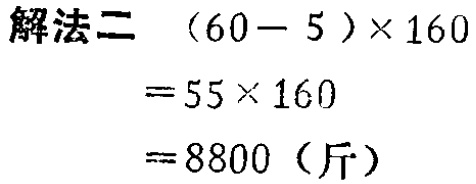
\[
\begin{align*}
&(60 - 5)\times160\\
=&55\times160\\
=&8800 \text{（斤）}
\end{align*}
\]